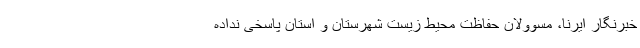
خبرنگار ایرنا، مسوولان حفاظت محیط زیست شهرستان و استان پاسخی نداده